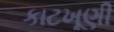
કાટખૂણી